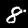
Digit: 8